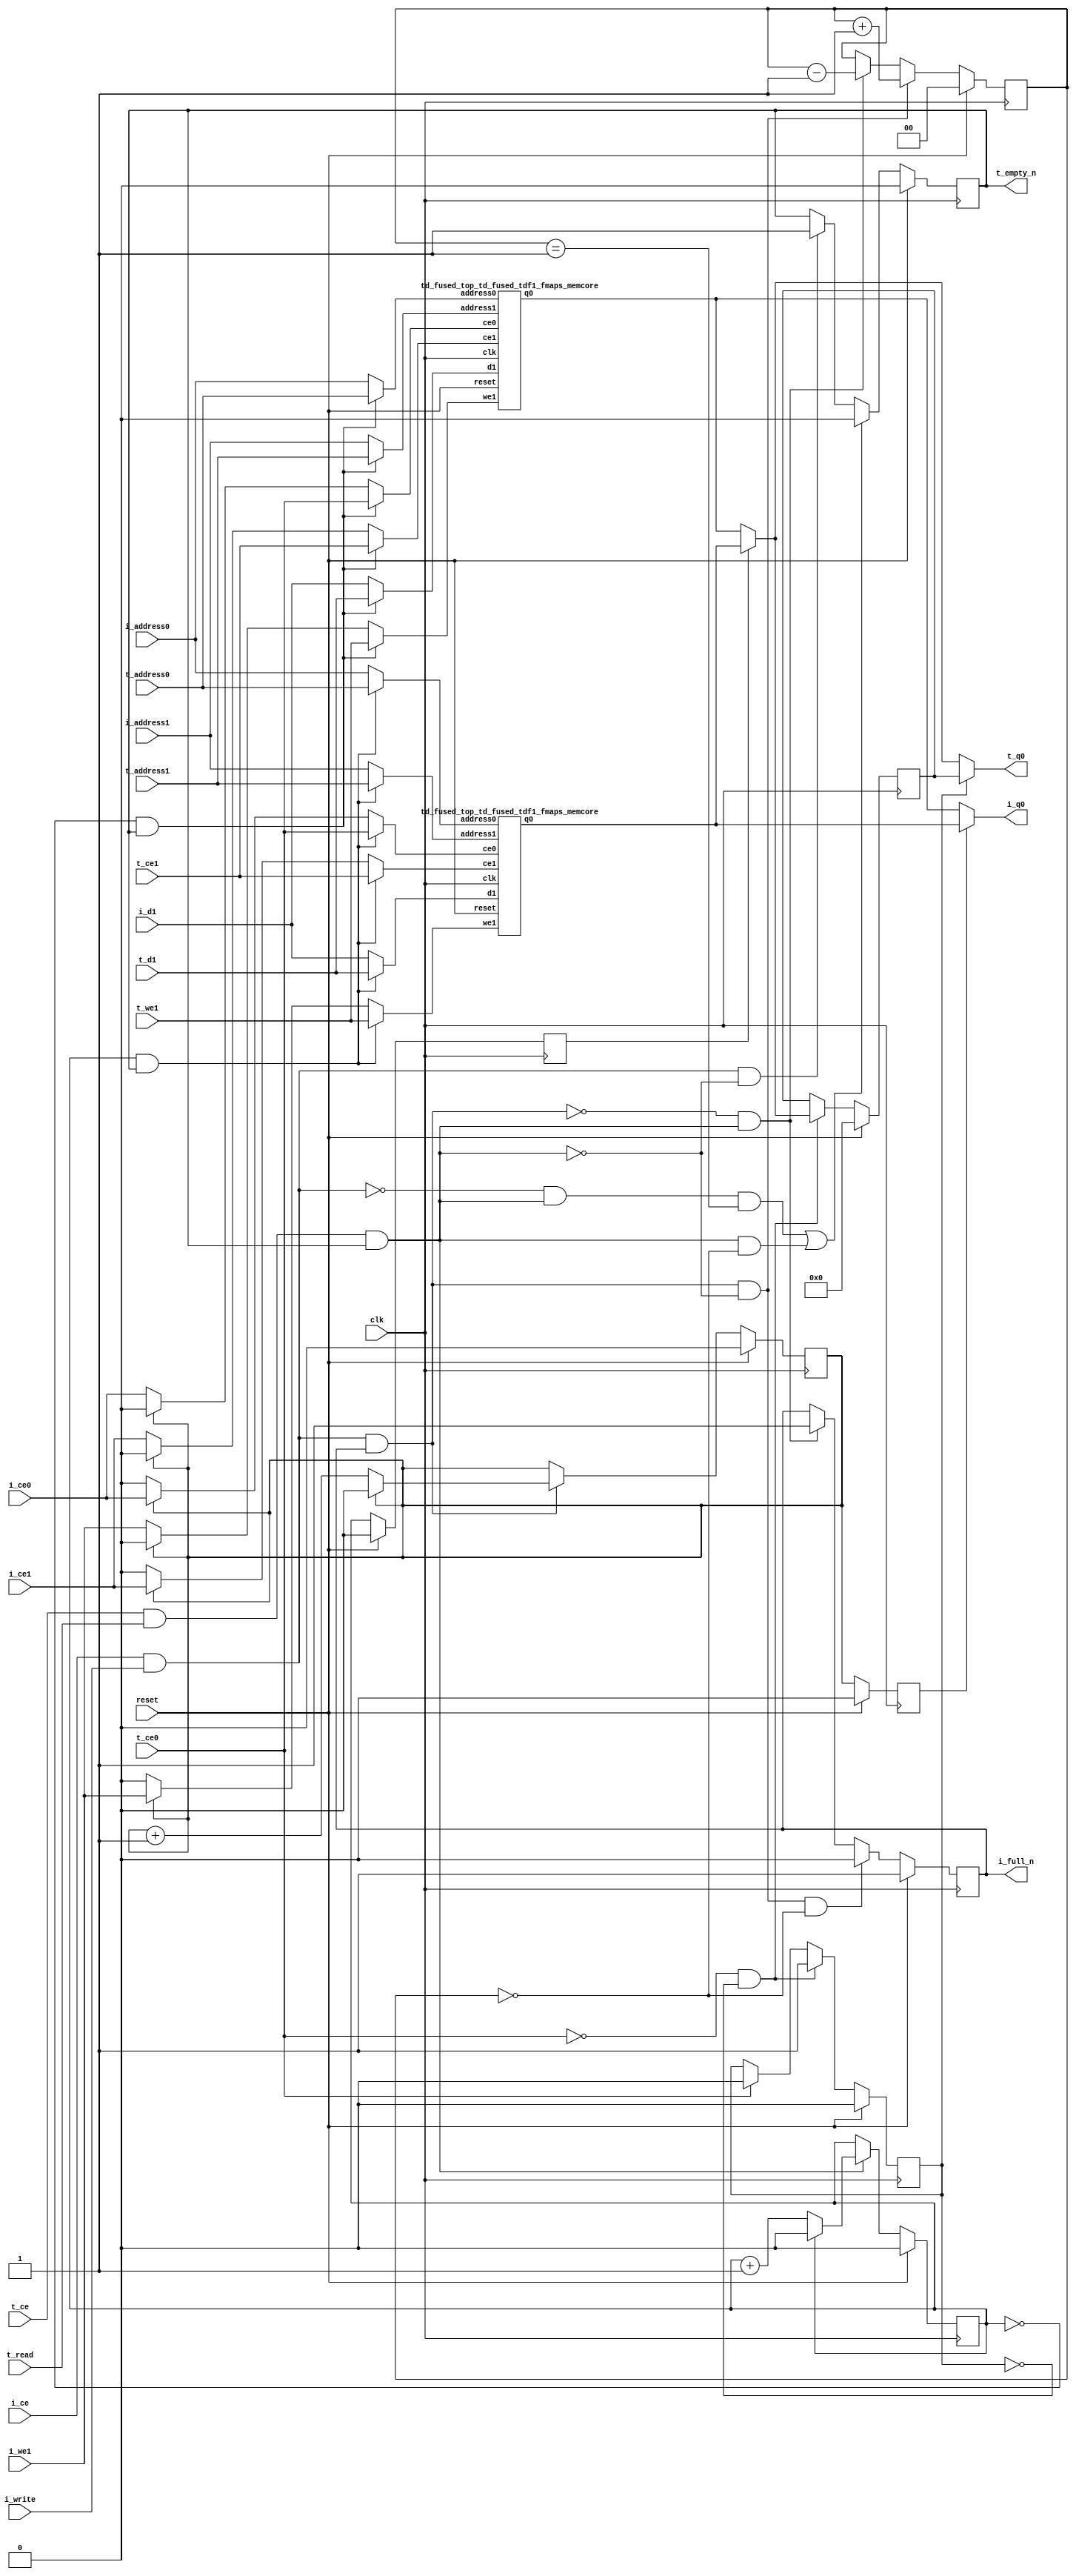
`define EXPONENT 5
`define MANTISSA 10
`define ACTUAL_MANTISSA 11
`define EXPONENT_LSB 10
`define EXPONENT_MSB 14
`define MANTISSA_LSB 0
`define MANTISSA_MSB 9
`define MANTISSA_MUL_SPLIT_LSB 3
`define MANTISSA_MUL_SPLIT_MSB 9
`define SIGN 1
`define SIGN_LOC 15
`define DWIDTH (`SIGN+`EXPONENT+`MANTISSA)
`define IEEE_COMPLIANCE 1

module td_fused_top_td_fused_tdf1_fmaps
#(parameter
    DataWidth    = 64,
    AddressRange = 32,
    AddressWidth = 16,
    BufferCount  = 2,
    MemLatency   = 1,
    IndexWidth   = 1
) (
    // system signals
    input  wire                    clk,
    input  wire                    reset,
    // initiator
    input  wire                    i_ce,
    input  wire                    i_write,
    output wire                    i_full_n,
    input  wire                    i_ce0,
    input  wire [AddressWidth-1:0] i_address0,
    output wire [DataWidth-1:0]    i_q0,
    input  wire                    i_ce1,
    input  wire                    i_we1,
    input  wire [AddressWidth-1:0] i_address1,
    input  wire [DataWidth-1:0]    i_d1,
    // target
    input  wire                    t_ce,
    input  wire                    t_read,
    output wire                    t_empty_n,
    input  wire                    t_ce0,
    input  wire [AddressWidth-1:0] t_address0,
    output wire [DataWidth-1:0]    t_q0,
    input  wire                    t_ce1,
    input  wire                    t_we1,
    input  wire [AddressWidth-1:0] t_address1,
    input  wire [DataWidth-1:0]    t_d1
);
//------------------------Local signal-------------------
// control/status
reg  [IndexWidth-1:0]   iptr    = 1'b0; // initiator index
reg  [IndexWidth-1:0]   tptr    = 1'b0; // target index
reg  [IndexWidth-1:0]   prev_iptr    = 1'b0; // previous initiator index
reg  [IndexWidth-1:0]   prev_tptr    = 1'b0; // previous target index
reg  [DataWidth-1:0]    reg_q0      = 1'b0; // buffer used if reader is stalled
reg                     reg_valid0    = 1'b0; // buffer has valid data
reg  [DataWidth-1:0]    reg_q1      = 1'b0; // buffer used if reader is stalled
reg                     reg_valid1    = 1'b0; // buffer has valid data
reg  [IndexWidth:0]     count   = 1'b0; // count of written buffers
reg                     full_n  = 1'b1; // whether all buffers are written
reg                     empty_n = 1'b0; // whether none of the buffers is written
wire                    push_buf;       // finish writing a buffer
wire                    write_buf;      // write a buffer
wire                    pop_buf;        // finish reading a buffer
// buffer signals
wire [BufferCount-1:0] buf_ce0;
wire [AddressWidth-1:0] buf_a0_0, buf_a0_1;
wire [DataWidth-1:0] buf_q0_0, buf_q0_1;
wire [BufferCount-1:0] buf_ce1;
wire [BufferCount-1:0] buf_we1;
wire [AddressWidth-1:0] buf_a1_0, buf_a1_1;
wire [DataWidth-1:0] buf_d1_0, buf_d1_1;
//------------------------Instantiation------------------
//genvar i;
        td_fused_top_td_fused_tdf1_fmaps_memcore td_fused_top_td_fused_tdf1_fmaps_memcore_U_0 (
            .reset    ( reset ),
            .clk      ( clk ),
            .address0 ( buf_a0_0 ),
            .ce0      ( buf_ce0[ 0 ] ),
            .q0       ( buf_q0_0 ),
            .address1 ( buf_a1_0 ),
            .ce1      ( buf_ce1[ 0 ] ),
            .we1      ( buf_we1[ 0 ] ),
            .d1       ( buf_d1_0 )
        );
        td_fused_top_td_fused_tdf1_fmaps_memcore td_fused_top_td_fused_tdf1_fmaps_memcore_U_1 (
            .reset    ( reset ),
            .clk      ( clk ),
            .address0 ( buf_a0_1 ),
            .ce0      ( buf_ce0[ 1 ] ),
            .q0       ( buf_q0_1 ),
            .address1 ( buf_a1_1 ),
            .ce1      ( buf_ce1[ 1 ] ),
            .we1      ( buf_we1[ 1 ] ),
            .d1       ( buf_d1_1 )
        );

//++++++++++++++++++++++++buffer signals+++++++++++++++++
        assign buf_ce0[ 0 ] = (tptr ==  0  && empty_n) ? t_ce0
                             : (iptr ==  0 ) ? i_ce0 : 1'b0;
        assign buf_a0_0  = (tptr ==  0  && empty_n) ?  t_address0 : i_address0;
        assign buf_ce1[ 0 ] = (tptr ==  0  && empty_n) ? t_ce1
                             : (iptr ==  0 ) ? i_ce1 : 1'b0;
        assign buf_a1_0  = (tptr ==  0  && empty_n) ?  t_address1 : i_address1;
        assign buf_we1[ 0 ] = (tptr ==  0  && empty_n)  ? t_we1
                             : (iptr ==  0 ) ? i_we1 : 1'b0;
        assign buf_d1_0  = (tptr ==  0  && empty_n) ? t_d1       : i_d1;
        assign buf_ce0[ 1 ] = (tptr ==  1  && empty_n) ? t_ce0
                             : (iptr ==  1 ) ? i_ce0 : 1'b0;
        assign buf_a0_1  = (tptr ==  1  && empty_n) ?  t_address0 : i_address0;
        assign buf_ce1[ 1 ] = (tptr ==  1  && empty_n) ? t_ce1
                             : (iptr ==  1 ) ? i_ce1 : 1'b0;
        assign buf_a1_1  = (tptr ==  1  && empty_n) ?  t_address1 : i_address1;
        assign buf_we1[ 1 ] = (tptr ==  1  && empty_n)  ? t_we1
                             : (iptr ==  1 ) ? i_we1 : 1'b0;
        assign buf_d1_1  = (tptr ==  1  && empty_n) ? t_d1       : i_d1;
//+++++++++++++++++++++++++++++++++++++++++++++++++++++++

//------------------------Body---------------------------
assign i_q0      = (prev_iptr == 1'b1 ? buf_q0_1 : buf_q0_0);
assign t_q0      = reg_valid0 ? reg_q0 : (prev_tptr == 1'b1 ? buf_q0_1 : buf_q0_0);

//++++++++++++++++++++++++output+++++++++++++++++++++++++
assign i_full_n  = full_n;
assign t_empty_n = empty_n;
//+++++++++++++++++++++++++++++++++++++++++++++++++++++++

//++++++++++++++++++++++++control/status+++++++++++++++++
assign push_buf = i_ce & i_write & full_n;
assign write_buf = i_ce & i_write;
assign pop_buf  = t_ce & t_read & empty_n;

// iptr
always @(posedge clk) begin
    if (reset == 1'b1)
        iptr <= 1'b0;
    else if (push_buf) begin
        if (iptr == BufferCount - 1'b1)
            iptr <= 1'b0;
        else
            iptr <= iptr + 1'b1;
    end
end

// tptr
always @(posedge clk) begin
    if (reset == 1'b1)
        tptr <= 1'b0;
    else if (pop_buf) begin
        if (tptr == BufferCount - 1'b1)
            tptr <= 1'b0;
        else
            tptr <= tptr + 1'b1;
    end
end

// prev_iptr
always @(posedge clk) begin
    if (reset == 1'b1)
        prev_iptr <= 1'b0;
    else begin
        prev_iptr <= iptr;
    end
end

// prev_tptr
always @(posedge clk) begin
    if (reset == 1'b1)
        prev_tptr <= 1'b0;
    else begin
        prev_tptr <= tptr;
    end
end

// reg_q0 and reg_valid0
always @(posedge clk) begin
    if (reset == 1'b1) begin
        reg_q0     <= 1'b0;
        reg_valid0 <= 1'b0;
    end else if (!t_ce0 && !reg_valid0) begin
        reg_q0     <= (prev_tptr == 1'b1 ? buf_q0_1 : buf_q0_0);
        reg_valid0 <= 1'b1;
    end else if (t_ce0) begin
        reg_valid0 <= 1'b0;
    end
end

// count
always @(posedge clk) begin
    if (reset == 1'b1)
        count <= 1'b0;
    else if (push_buf && !pop_buf)
        count <= count + 1'b1;
    else if (!push_buf && pop_buf)
        count <= count - 1'b1;
end

// full_n
always @(posedge clk) begin
    if (reset == 1'b1)
        full_n <= 1'b1;
    else if (push_buf && !pop_buf && count == BufferCount - 2'd2)
        full_n <= 1'b0;
    else if (!push_buf && pop_buf)
        full_n <= 1'b1;
end

// empty_n
always @(posedge clk) begin
    if (reset == 1'b1)
        empty_n <= 1'b0;
    else if ((!write_buf && pop_buf && count == 1'b1)
             || (pop_buf && count == 1'b0))
        empty_n <= 1'b0;
    else if (write_buf && !pop_buf)
        empty_n <= 1'b1;
end
//+++++++++++++++++++++++++++++++++++++++++++++++++++++++

endmodule
module td_fused_top_td_fused_tdf1_fmaps_memcore(
    reset,
    clk,
    address0,
    ce0,
    q0,
    address1,
    ce1,
    we1,
    d1);

parameter DataWidth = 32'd64;
parameter AddressRange = 32'd50176;
parameter AddressWidth = 32'd16;
input reset;
input clk;
input[AddressWidth - 1:0] address0;
input ce0;
output[DataWidth - 1:0] q0;
input[AddressWidth - 1:0] address1;
input ce1;
input we1;
input[DataWidth - 1:0] d1;



td_fused_top_td_fused_tdf1_fmaps_memcore_ram td_fused_top_td_fused_tdf1_fmaps_memcore_ram_U(
    .clk( clk ),
    .addr0( address0 ),
    .ce0( ce0 ),
    .q0( q0 ),
    .addr1( address1 ),
    .ce1( ce1 ),
    .we1( we1 ),
    .d1( d1 )
);

endmodule
module td_fused_top_td_fused_tdf1_fmaps_memcore_ram (addr0, ce0, q0, addr1, ce1, d1, we1,  clk);

parameter DWIDTH = 64;
parameter AWIDTH = 16;
parameter MEM_SIZE = 50176;

input[AWIDTH-1:0] addr0;
input ce0;
output reg[DWIDTH-1:0] q0;
input[AWIDTH-1:0] addr1;
input ce1;
input[DWIDTH-1:0] d1;
input we1;
input clk;

 reg [DWIDTH-1:0] ram[MEM_SIZE-1:0];




always @(posedge clk)  
begin 
    if (ce0) begin
        q0 <= ram[addr0];
    end
end


always @(posedge clk)  
begin 
    if (ce1) begin
        if (we1) 
            ram[addr1] <= d1; 
    end
end


endmodule